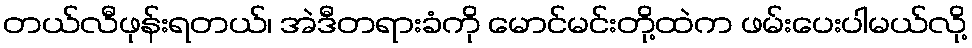
တယ်လီဖုန်းရတယ်၊ အဲဒီတရားခံကို မောင်မင်းတို့ထဲက ဖမ်းပေးပါမယ်လို့